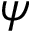
\boldsymbol { \psi }